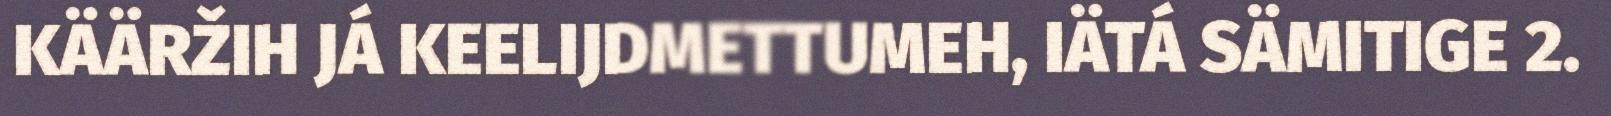
KÄÄRŽIH JÁ KEELIJDMETTUMEH, IÄTÁ SÄMITIGE 2.